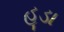
હૂડા